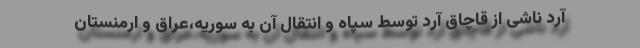
آرد ناشی از قاچاق آرد توسط سپاه و انتقال آن به سوریه،عراق و ارمنستان